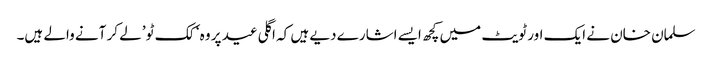
سلمان خان نے ایک اور ٹویٹ میں کچھ ایسے اشارے دیے ہیں کہ اگلی عید پر وہ ‘ کک ٹو’ لے کر آنے والے ہیں۔